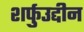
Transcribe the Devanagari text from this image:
शर्फुउद्दीन